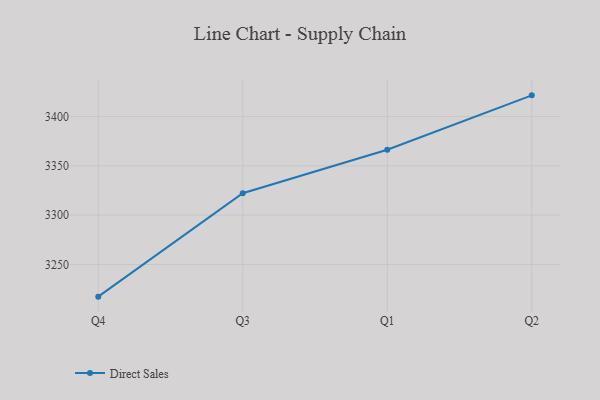
{"axis": {"x": "Quarter", "y": "Shipments"}, "legend": ["Direct Sales"], "data": [{"x": "Q4", "y": 3217.4, "type": "Direct Sales"}, {"x": "Q3", "y": 3322.3, "type": "Direct Sales"}, {"x": "Q1", "y": 3366.4, "type": "Direct Sales"}, {"x": "Q2", "y": 3421.5, "type": "Direct Sales"}]}